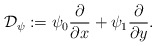
\begin{align*}\mathcal D_{\psi} := \psi_0 \frac{\partial}{\partial x } + \psi_1 \frac{\partial}{\partial y }. \end{align*}